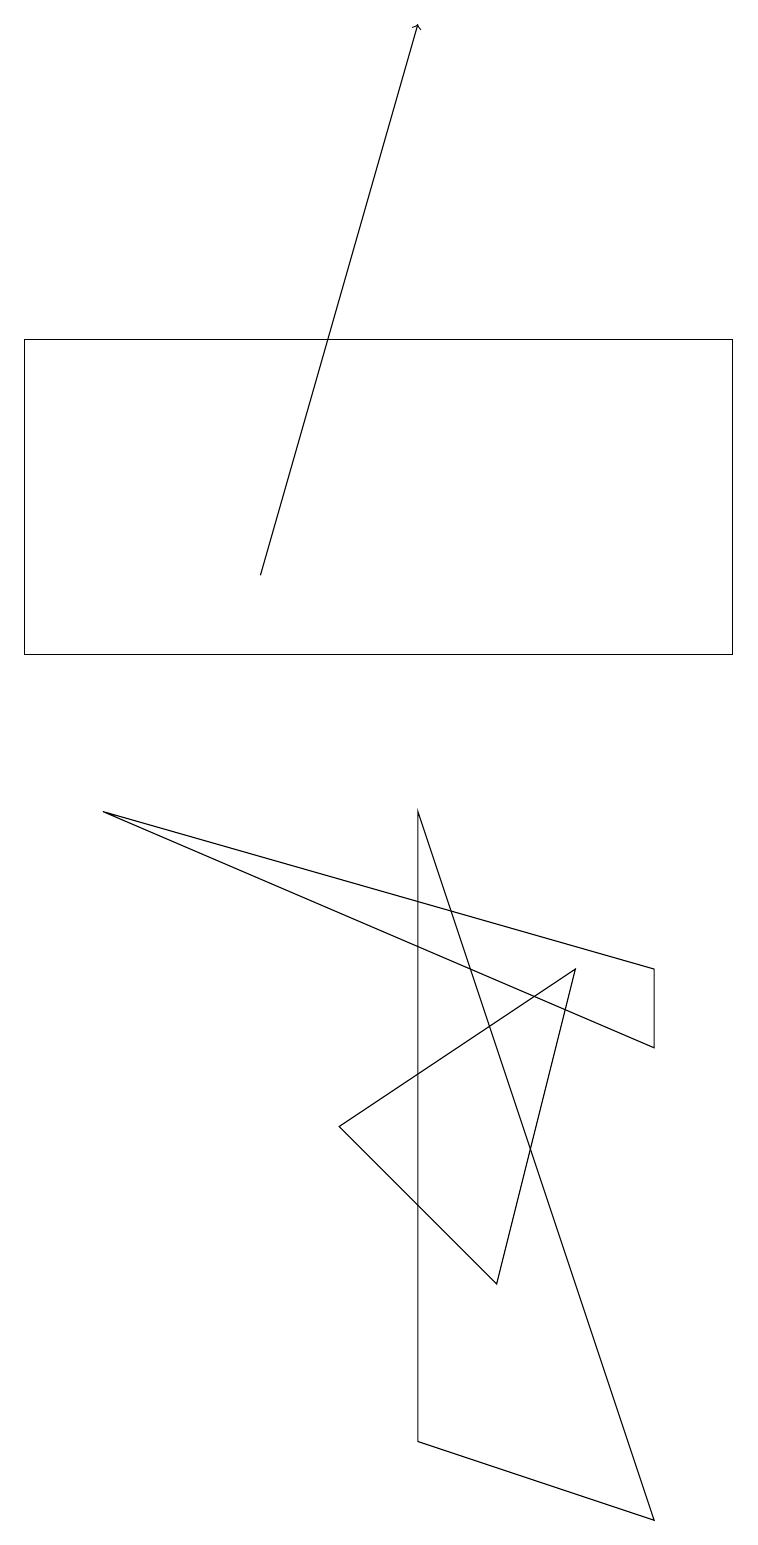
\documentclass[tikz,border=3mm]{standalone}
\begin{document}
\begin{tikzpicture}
\draw[->] (3,12) -- (5,19);
\draw (6,3) -- (4,5) -- (7,7) -- cycle;
\draw (5,9) -- (5,1) -- (8,0) -- cycle;
\draw (8,6) -- (8,7) -- (1,9) -- cycle;
\draw (9,11) rectangle (0,15);
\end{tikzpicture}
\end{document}